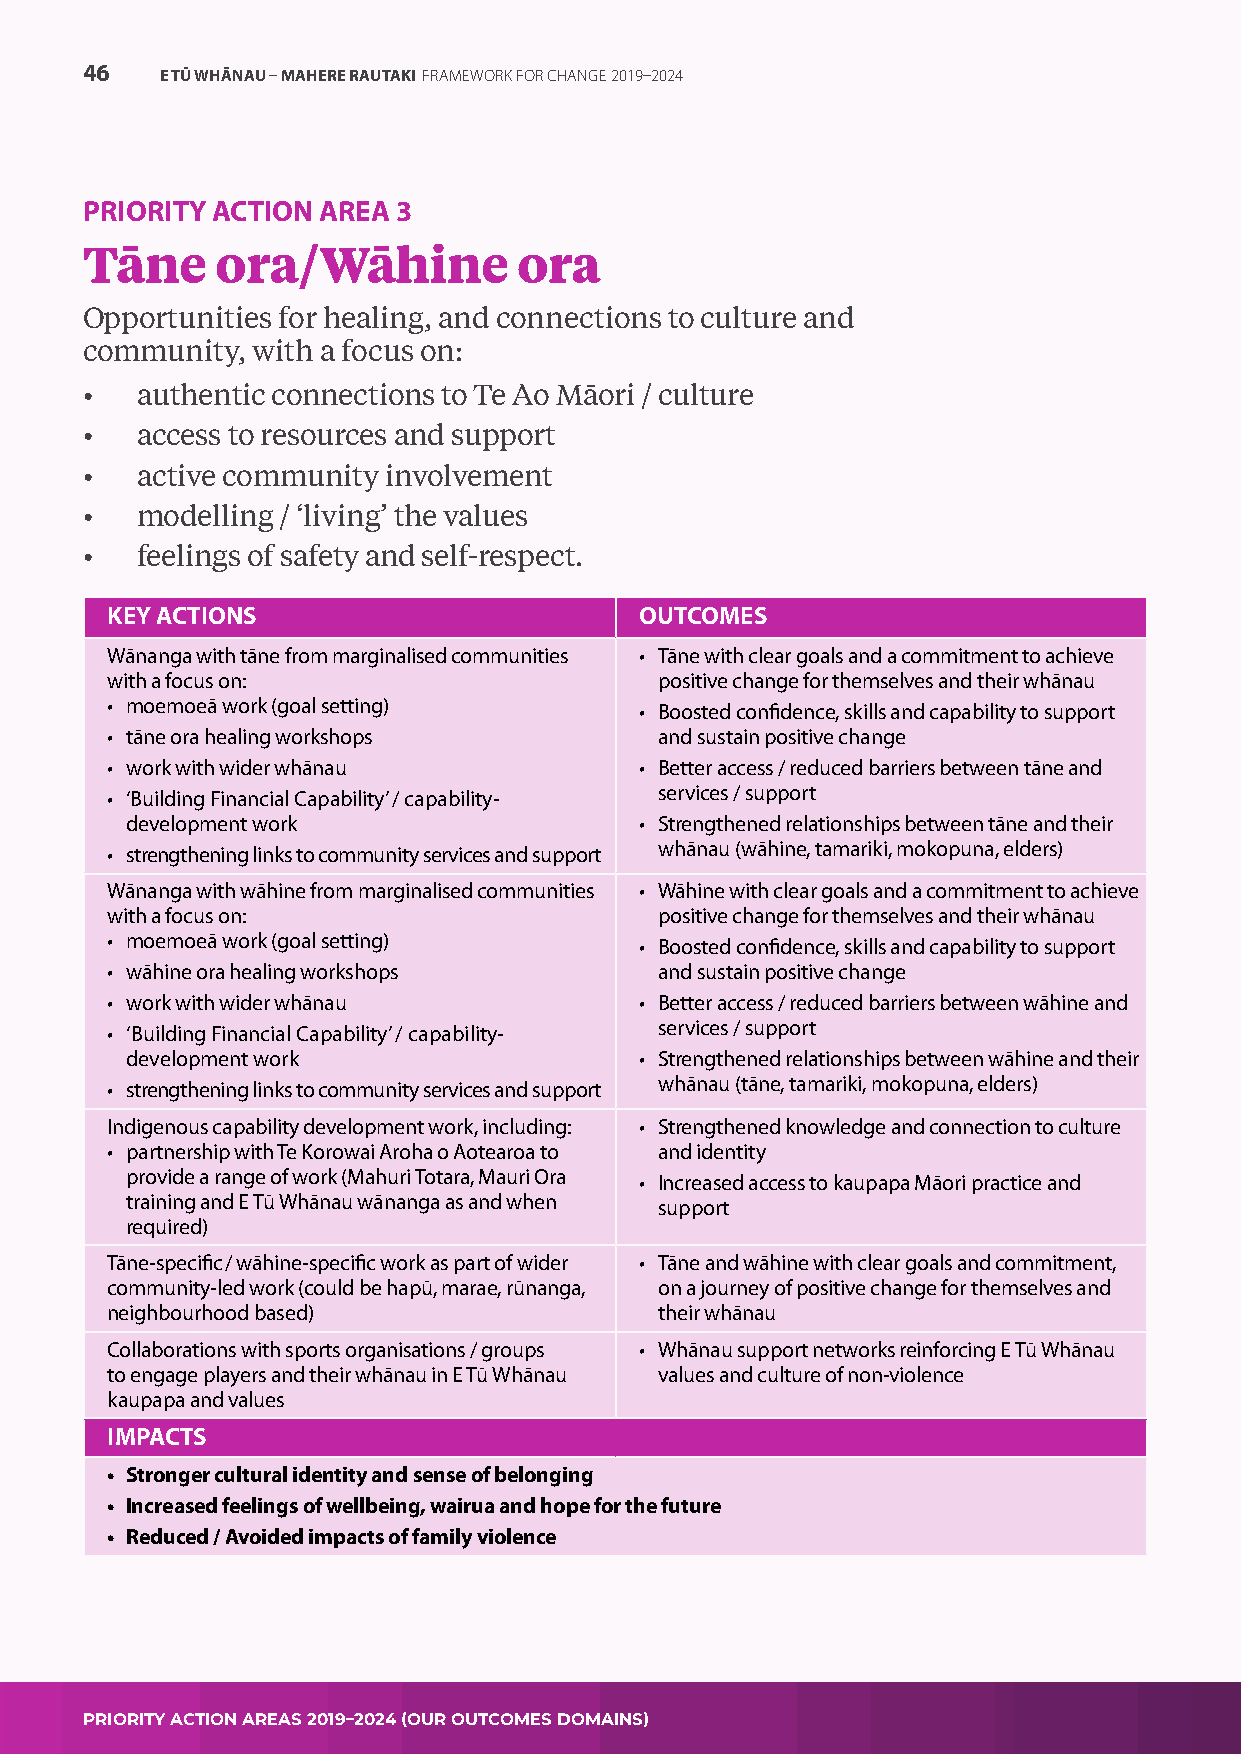
46    E TŪ WHĀNAU – MAHERE RAUTAKI FRAMEWORK FOR CHANGE 2019–2024
 PRIORITY ACTION AREA 3
 Tāne     ora/Wāhine          ora
 Opportunities for healing, and connections to culture and
 community,  with a focus on:
 •   authentic connections to Te Ao Māori / culture
 •   access to resources and support
 •   active community involvement
 •   modelling / ‘living’ the values
 •   feelings of safety and self-respect.
 KEY ACTIONS                        OUTCOMES
 Wānanga with tāne from marginalised communities • Tāne with clear goals and a commitment to achieve
 with a focus on:                     positive change for themselves and their whānau
 • moemoeā work (goal setting)      • Boosted confidence, skills and capability to support
 • tāne ora healing workshops         and sustain positive change
 • work with wider whānau           • Better access / reduced barriers between tāne and
 • ‘Building Financial Capability’ / capability- services / support
 development work                  • Strengthened relationships between tāne and their
 • strengthening links to community services and support whānau (wāhine, tamariki, mokopuna, elders)
 Wānanga with wāhine from marginalised communities • Wāhine with clear goals and a commitment to achieve
 with a focus on:                     positive change for themselves and their whānau
 • moemoeā work (goal setting)      • Boosted confidence, skills and capability to support
 • wāhine ora healing workshops       and sustain positive change
 • work with wider whānau           • Better access / reduced barriers between wāhine and
 • ‘Building Financial Capability’ / capability- services / support
 development work                  • Strengthened relationships between wāhine and their
 • strengthening links to community services and support whānau (tāne, tamariki, mokopuna, elders)
 Indigenous capability development work, including: • Strengthened knowledge and connection to culture
 • partnership with Te Korowai Aroha o Aotearoa to and identity
 provide a range of work (Mahuri Totara, Mauri Ora • Increased access to kaupapa Māori practice and
 training and E Tū Whānau wānanga as and when support
 required)
 Tāne-specific/wāhine-specific work as part of wider • Tāne and wāhine with clear goals and commitment,
 community-led work (could be hapū, marae, rūnanga, on a journey of positive change for themselves and
 neighbourhood based)                 their whānau
 Collaborations with sports organisations / groups • Whānau support networks reinforcing E Tū Whānau
 to engage players and their whānau in E Tū Whānau values and culture of non-violence
 kaupapa and values
 IMPACTS
 • Stronger cultural identity and sense of belonging
 • Increased feelings of wellbeing, wairua and hope for the future
 • Reduced / Avoided impacts of family violence
 PRIORITY ACTION AREAS 2019–2024 (OUR OUTCOMES DOMAINS)